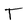
Character: T